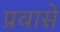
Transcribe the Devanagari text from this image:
प्रवासे